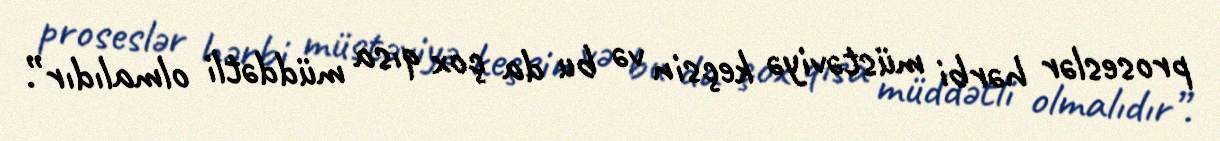
proseslər hərbi müstəviyə keçsin və bu da çox qısa müddətli olmalıdır”.